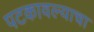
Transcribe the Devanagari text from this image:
पटकावल्याचा